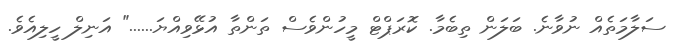
ސަލާމަތެއް ނުވާނެ. ބަލަން ތިބެމާ. ކޮރަޕްޓް މީހުންވެސް ތަންތާ އުޅޭވިއްޔަ......" އަނިލް ހީލިއެވެ.